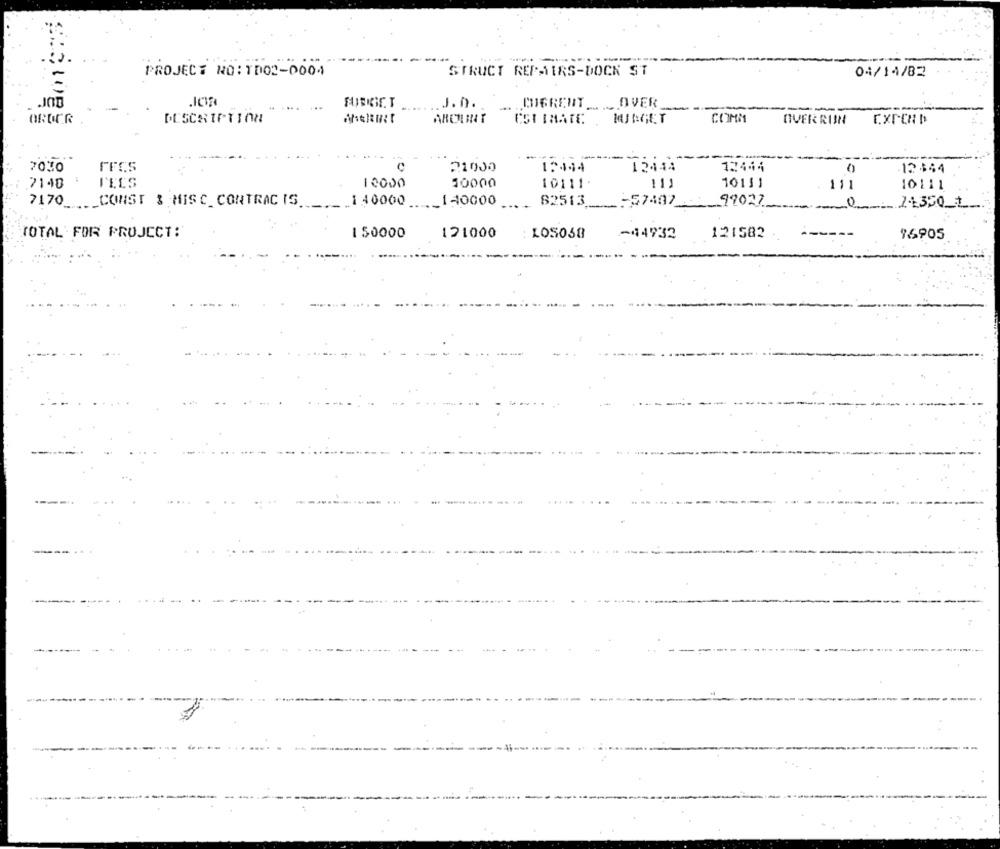
PROJECT NO: 1002-0004
STRUCT REPAIRS-DOCK ST
04/14/82
FARKIET
JOD
...
J.D. .
CUGRENT ...
..... OVER
-
--
--
ORDER
COMM
Г.ХГ-ЕМ Р
AROUINT
ESTIMATE . MUINGET
OVER RUN
7070
21000
12444
12444
0
12$44
7140
TELS
10000
10000
10111
11.
10111
111
10111
7170_
.._ CONST & MISC_ CONTRAC IS.
1 40000
.140000
82513
57437
99027
113501
TOTAL FOR PROJECT:
150000
121000
LOSO58
-44932
121582
16905